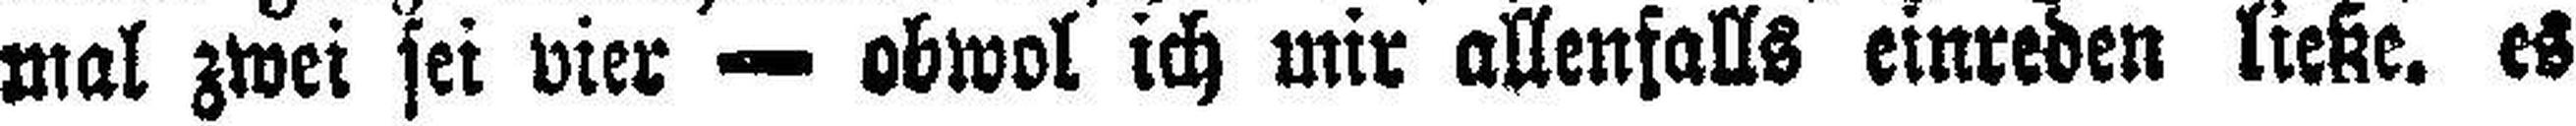
mal zwei sei vier — obwol ich mir allenfalls einreden ließe. es